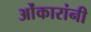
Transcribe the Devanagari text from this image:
ओंकारांनी